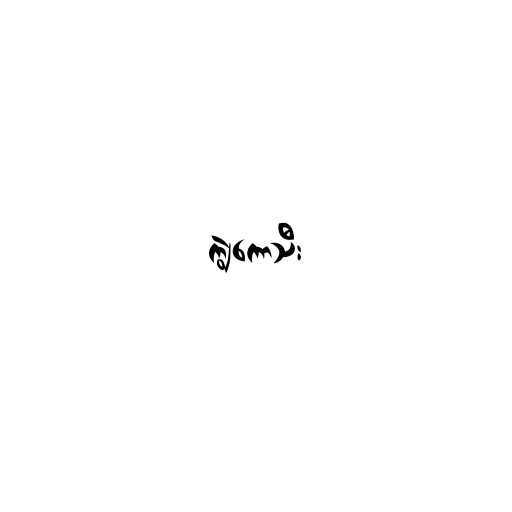
ကျွဲကောသီး